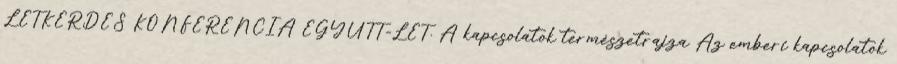
LÉTKÉRDÉS KONFERENCIA EGYÜTT-LÉT. A kapcsolatok természetrajza Az emberi kapcsolatok